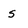
Character: s